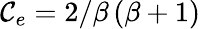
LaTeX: \mathcal{C}_{e}=2/\beta\left(\beta+1\right)